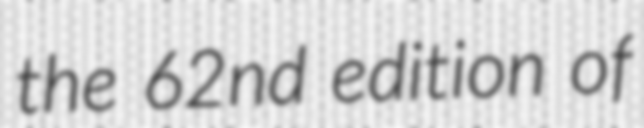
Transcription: the 62nd edition of